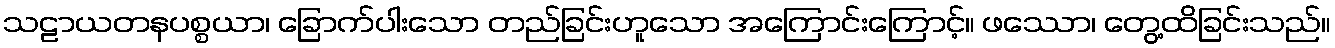
သဠာယတနပစ္စယာ၊ ခြောက်ပါးသော တည်ခြင်းဟူသော အကြောင်းကြောင့်။ ဖဿော၊ တွေ့ထိခြင်းသည်။